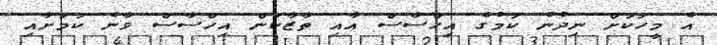
އެ މީހަކަށް ނިދުނު ކަމުގެ އިހްސާސް އާއި ތާޒާކަން އިހްސާސް ވާނެ ކަމަށާއި